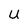
Character: U